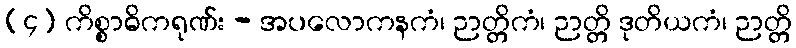
(၄) ကိစ္စာဓိကရုဏ်း - အပလောကနကံ၊ ဉာတ္တိကံ၊ ဉာတ္တိ ဒုတိယကံ၊ ဉာတ္တိ